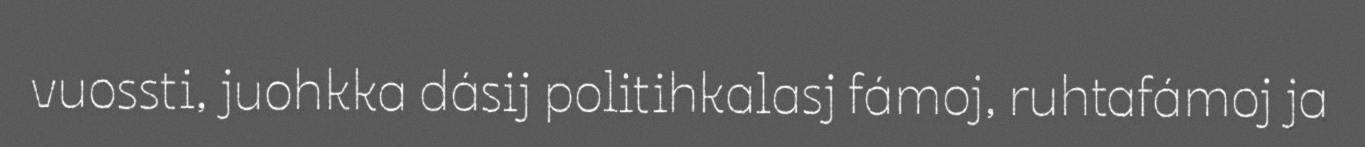
vuossti, juohkka dásij politihkalasj fámoj, ruhtafámoj ja